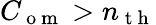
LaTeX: C_{\mathrm{~o~m~}}>n_{\mathrm{~t~h~}}